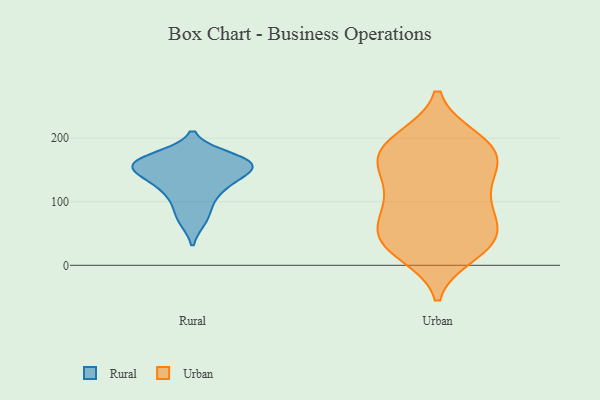
{"axis": {"x": "LTV (USD)", "y": "Value"}, "legend": ["Rural", "Urban"], "data": [{"x": "", "y": 122, "type": "Rural"}, {"x": "", "y": 128, "type": "Rural"}, {"x": "", "y": 164, "type": "Rural"}, {"x": "", "y": 152, "type": "Rural"}, {"x": "", "y": 147, "type": "Rural"}, {"x": "", "y": 161, "type": "Rural"}, {"x": "", "y": 172, "type": "Rural"}, {"x": "", "y": 96, "type": "Rural"}, {"x": "", "y": 70, "type": "Rural"}, {"x": "", "y": 159, "type": "Rural"}, {"x": "", "y": 190, "type": "Urban"}, {"x": "", "y": 58, "type": "Urban"}, {"x": "", "y": 142, "type": "Urban"}, {"x": "", "y": 108, "type": "Urban"}, {"x": "", "y": 98, "type": "Urban"}, {"x": "", "y": 199, "type": "Urban"}, {"x": "", "y": 40, "type": "Urban"}, {"x": "", "y": 177, "type": "Urban"}, {"x": "", "y": 19, "type": "Urban"}, {"x": "", "y": 148, "type": "Urban"}, {"x": "", "y": 168, "type": "Urban"}, {"x": "", "y": 84, "type": "Urban"}, {"x": "", "y": 27, "type": "Urban"}, {"x": "", "y": 41, "type": "Urban"}, {"x": "", "y": 177, "type": "Urban"}, {"x": "", "y": 153, "type": "Urban"}, {"x": "", "y": 91, "type": "Urban"}, {"x": "", "y": 49, "type": "Urban"}, {"x": "", "y": 199, "type": "Urban"}, {"x": "", "y": 33, "type": "Urban"}]}